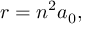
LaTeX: r = n ^ { 2 } a _ { 0 } ,